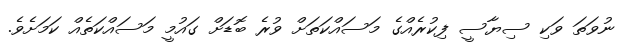
ނުވަތަ ވަކި ސިޔާސީ ފިކުރެއްގެ މަސައްކަތަށް ވުރެ ބޮޑަށް ގައުމީ މަަސައްކަތެއް ކަމަށެވެ.